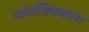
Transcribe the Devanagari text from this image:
व्यंगचित्रकला